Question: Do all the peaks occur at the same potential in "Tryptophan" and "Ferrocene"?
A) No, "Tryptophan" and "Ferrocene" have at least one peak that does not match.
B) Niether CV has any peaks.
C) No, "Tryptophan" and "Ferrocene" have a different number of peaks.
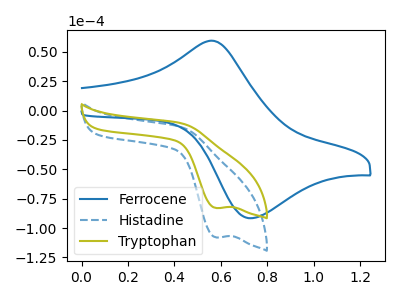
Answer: <think>The blue curve "Ferrocene" has an anodic peak at (0.55V, 59.50uA) and a cathodic peak at (0.75V, -91.65uA). The blue dashed curve "Histadine" has a cathodic peak at: (0.60V, -108.05uA). The olive curve "Tryptophan" has a cathodic peak at: (0.60V, -83.00uA).</think>
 <answer>C) No, "Tryptophan" and "Ferrocene" have a different number of peaks.</answer>
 <eval>C</eval>